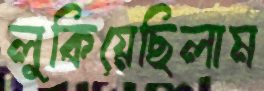
লুকিয়েছিলাম